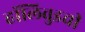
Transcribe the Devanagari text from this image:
हॉलिवुडची